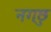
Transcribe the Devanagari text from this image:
नगछु